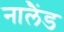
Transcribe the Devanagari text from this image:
नालैंड